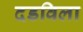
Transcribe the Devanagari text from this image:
दडविला